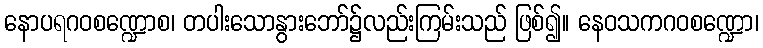
နောပရဂဝစဏ္ဍောစ၊ တပါးသောနွားဘော်၌လည်းကြမ်းသည် ဖြစ်၍။ နေဝသကဂဝစဏ္ဍော၊